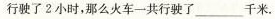
行驶了2小时，那么火车-共行驶了___千米。